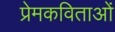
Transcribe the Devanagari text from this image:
प्रेमकविताओं